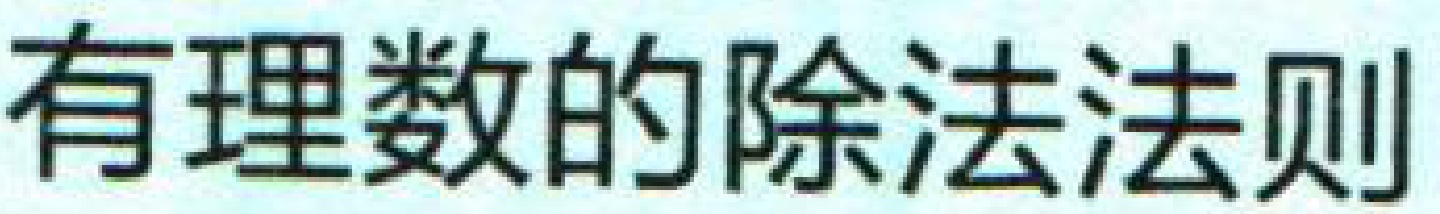
有理数的除法法则